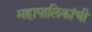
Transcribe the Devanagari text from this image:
महापालिकांची